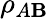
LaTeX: \rho_{A\mathbf{B}}